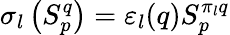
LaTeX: \sigma_{l}\left(S_{p}^{q}\right)=\varepsilon_{l}(q)S_{p}^{\pi_{l}q}